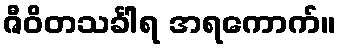
ဇီဝိတသင်္ခါရ အရကောက်။